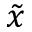
\tilde { x }